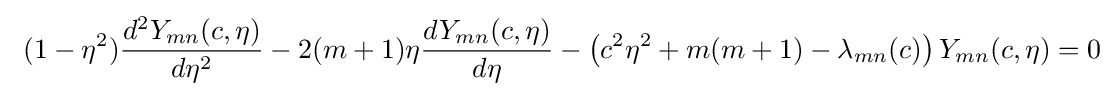
\ (1-\eta ^{2}){\frac {d^{2}Y_{mn}(c,\eta )}{d\eta ^{2}}}-2(m+1)\eta {\frac {dY_{mn}(c,\eta )}{d\eta }}-\left(c^{2}\eta ^{2}+m(m+1)-\lambda _{mn}(c)\right){Y_{mn}(c,\eta )}=0